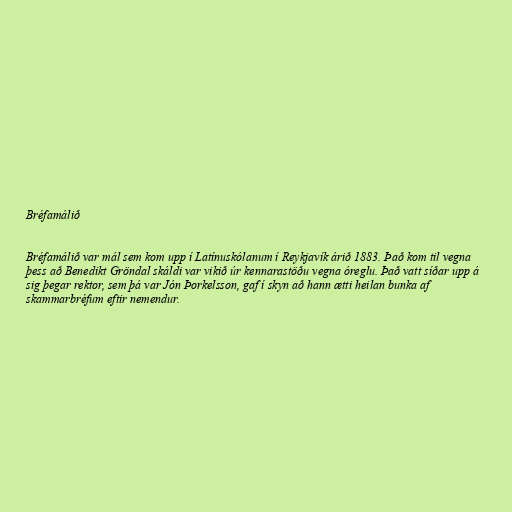
Bréfamálið

Bréfamálið var mál sem kom upp í Latínuskólanum í Reykjavík árið 1883. Það kom til vegna
þess að Benedikt Gröndal skáldi var vikið úr kennarastöðu vegna óreglu. Það vatt síðar upp á
sig þegar rektor, sem þá var Jón Þorkelsson, gaf í skyn að hann ætti heilan bunka af
skammarbréfum eftir nemendur.